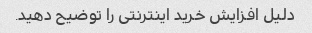
دلیل افزایش خرید اینترنتی را توضیح دهید.